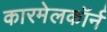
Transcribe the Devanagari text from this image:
कारमेलकॉर्न